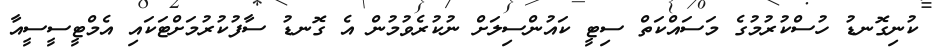
ކުނިގޮނޑު ހުސްކުރުމުގެ މަސައްކަތް ސިޓީ ކައުންސިލަށް ނުކުރެވުމުން އެ ގޮނޑު ސާފުކުރުމަށްޓަކައި އެމްޓީސީސީއާ